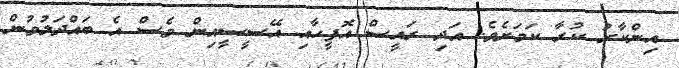
އިންކާރު ކުރާ ކަމަށެވެ. އަދި ރައީސް އޮފީހާއި އޭސީސީއިން ވެސް އެ ބައްދަލުވުން